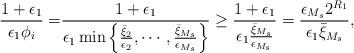
LaTeX: \begin{align*}\frac{1+\epsilon_1}{\epsilon_1\phi_i} =& \frac{1+\epsilon_1}{\epsilon_1\min\left\{\frac{\bar{\xi}_2}{\epsilon_2}, \cdots, \frac{\bar{\xi}_{M_s}}{\epsilon_{M_s}}\right\}} \geq \frac{1+\epsilon_1}{\epsilon_1 \frac{\bar{\xi}_{M_s}}{\epsilon_{M_s}} } = \frac{\epsilon_{M_s} 2^{R_1} }{\epsilon_1 \bar{\xi}_{M_s} } ,\end{align*}